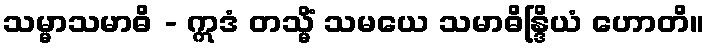
သမ္မာသမာဓိ - ဣဒံ တသ္မိံ သမယေ သမာဓိန္ဒြိယံ ဟောတိ။